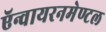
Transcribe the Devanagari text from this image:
ऍन्वायरनमेण्टल